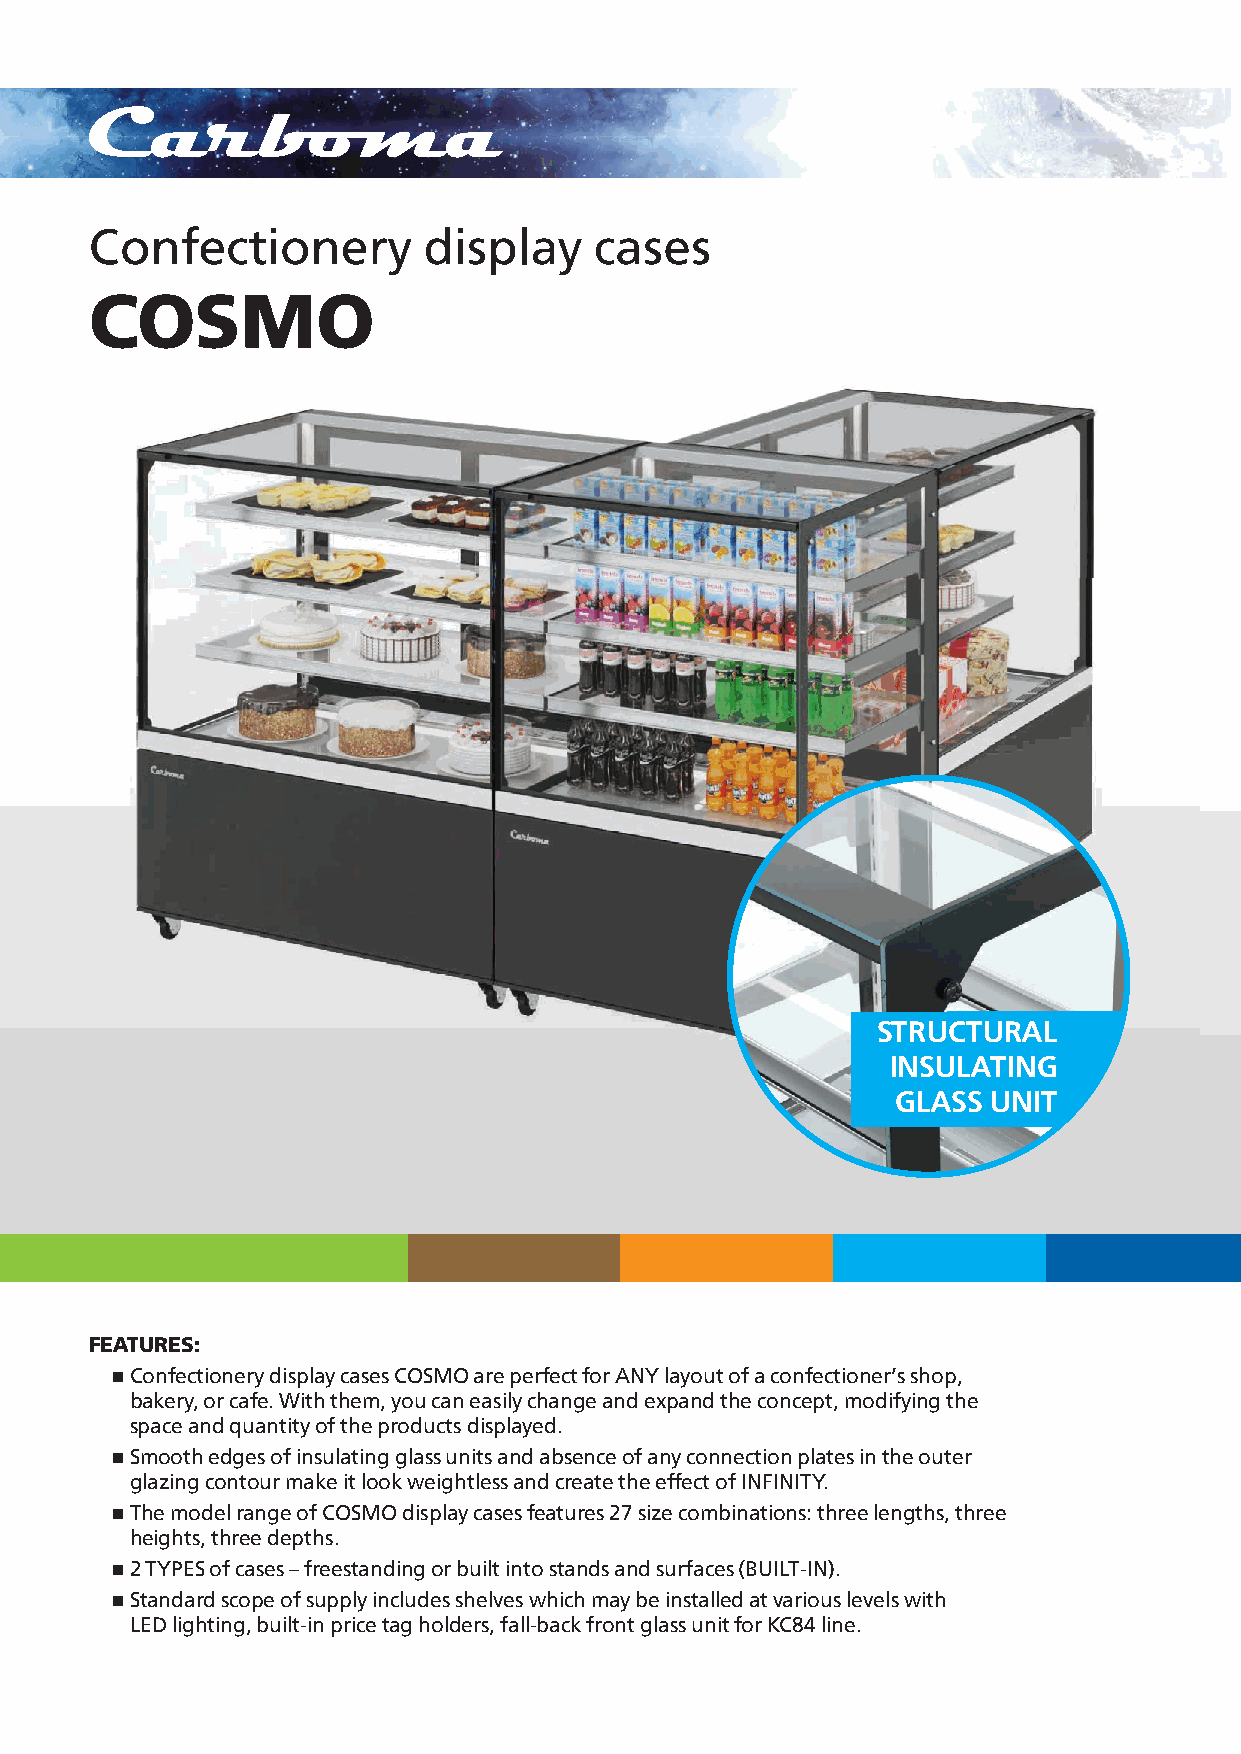
Confectionery         display    cases
 COSMO
 STRUCTURAL
 INSULATING
 GLASS  UNIT
 FEATURES:
 n Confectionery display cases COSMO are perfect for ANY layout of a confectioner’s shop,
 bakery, or cafe. With them, you can easily change and expand the concept, modifying the
 space and quantity of the products displayed.
 n Smooth edges of insulating glass units and absence of any connection plates in the outer
 glazing contour make it look weightless and create the effect of INFINITY.
 n The model range of COSMO display cases features 27 size combinations: three lengths, three
 heights, three depths.
 n 2 TYPES of cases – freestanding or built into stands and surfaces (BUILT-IN).
 n Standard scope of supply includes shelves which may be installed at various levels with
 LED lighting, built-in price tag holders, fall-back front glass unit for КС84 line.